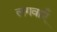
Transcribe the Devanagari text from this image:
लगवाएँ